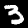
Digit: 3